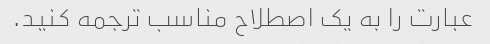
عبارت را به یک اصطلاح مناسب ترجمه کنید.